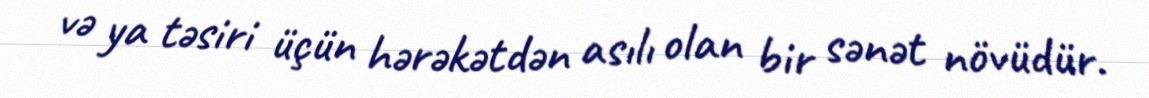
və ya təsiri üçün hərəkətdən asılı olan bir sənət növüdür.